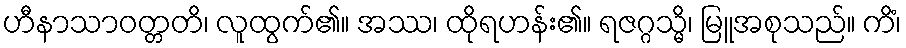
ဟီနာသာဝတ္တတိ၊ လူထွက်၏။ အဿ၊ ထိုရဟန်း၏။ ရဇဂ္ဂသ္မိ၊ မြူအစုသည်။ ကိံ၊